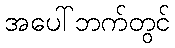
အပေါ်ဘက်တွင်